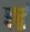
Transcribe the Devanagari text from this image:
इद्रं